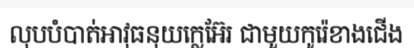
លុបបំបាត់អាវុធនុយក្លេអ៊ែរ ជាមួយកូរ៉េខាងជើង